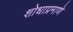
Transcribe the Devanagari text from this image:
शोधाप्रमाणे